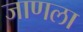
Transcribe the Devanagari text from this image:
जाणला